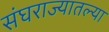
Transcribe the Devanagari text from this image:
संघराज्यातल्या